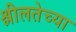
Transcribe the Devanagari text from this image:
श्लीलतेच्या